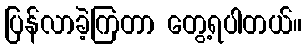
ပြန်လာခဲ့ကြတာ တွေ့ရပါတယ်။